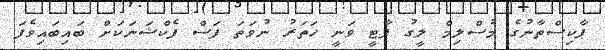
ޕާކިސްތާނުގެ މުސްލިމް ލީގު ޕާޓީ ވަނީ ހަތަރު ނުވަތަ ފަސް ފެކްޝަނަކަށް ބައިބައިވެފަ